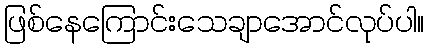
ဖြစ်နေကြောင်းသေချာအောင်လုပ်ပါ။